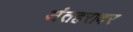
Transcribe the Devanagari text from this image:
अंतहरावर